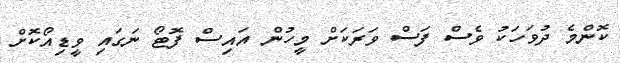
ކޮންމެ ދުވަހަކު ވެސް ފަސް ވަރަކަށް މީހުން އައިސް ފޮޓޯ ނަގައި ވީޑިއޯކޮށް